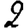
Digit: 2